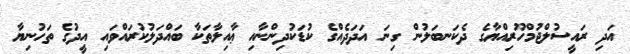
އަދި ރައީސުލްޖުމްހޫރިއްޔާގެ ދެކަނބަލުން ގިނަ އަދަދެއްގެ ކުޑަކުދިންނާއި ޢާއިލާތަކާ ބައްދަލުކުރައްވައި އީދުގެ ތަހުނިޔާ